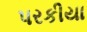
પરકીયા